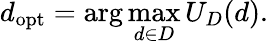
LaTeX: d_{\mathrm{opt}}=\arg\operatorname*{max}_{d\in D}U_{D}(d).